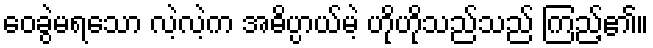
ဝေခွဲမရသော လဲ့လဲ့က အဓိပ္ပာယ်မဲ့ ဟိုဟိုသည်သည် ကြည့်၏။